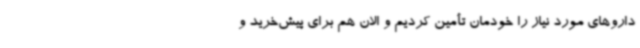
داروهای مورد نیاز را خودمان تأمین کردیم و الان هم برای پیش‌خرید و